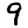
Digit: 9